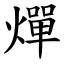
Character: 燀